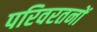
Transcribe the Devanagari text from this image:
परिवरतनों